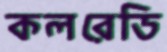
কলরেডি